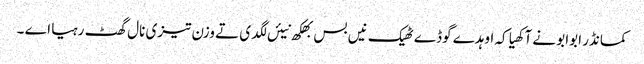
کمانڈر ابوابو نے آکھیا کہ اوہدے گوڈے ٹھیک نیں بس بھکھ نیئں لگدی تے وزن تیزی نال گھٹ رہیا اے ۔